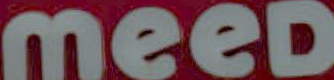
meeD